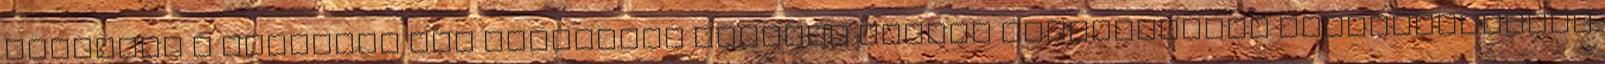
Javaslat a térítési díj ellenében igénybe vehető egészségügyi szolgáltatások